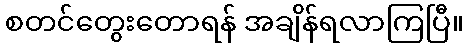
စတင်တွေးတောရန် အချိန်ရလာကြပြီ။